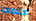
عندما